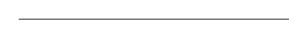
LaTeX: \begin{align*}\hline\end{align*}